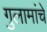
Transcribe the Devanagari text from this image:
गुलामांचे